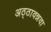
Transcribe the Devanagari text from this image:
अठ्ठावन्नवा